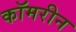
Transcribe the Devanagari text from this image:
कॉमरीन